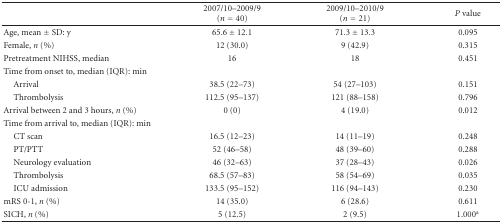
<table><thead><tr><td></td><td><b>2007/10–2009/9 (<i>n</i> = 40)</b></td><td><b>2009/10–2010/9 (<i>n</i> = 21)</b></td><td><b><i>P</i> value</b></td></tr></thead><tbody><tr><td>Age, mean ± SD: y</td><td>65.6 ± 12.1</td><td>71.3 ± 13.3</td><td>0.095</td></tr><tr><td>Female, <i>n</i> (%)</td><td>12 (30.0)</td><td>9 (42.9)</td><td>0.315</td></tr><tr><td>Pretreatment NIHSS, median</td><td>16</td><td>18</td><td>0.451</td></tr><tr><td>Time from onset to, median (IQR): min</td><td></td><td></td><td></td></tr><tr><td> Arrival</td><td>38.5 (22–73)</td><td>54 (27–103)</td><td>0.151</td></tr><tr><td> Thrombolysis</td><td>112.5 (95–137)</td><td>121 (88–158)</td><td>0.796</td></tr><tr><td>Arrival between 2 and 3 hours, <i>n</i> (%)</td><td>0 (0)</td><td>4 (19.0)</td><td>0.012</td></tr><tr><td>Time from arrival to, median (IQR): min</td><td></td><td></td><td></td></tr><tr><td> CT scan</td><td>16.5 (12–23)</td><td>14 (11–19)</td><td>0.248</td></tr><tr><td> PT/PTT</td><td>52 (46–58)</td><td>48 (39–60)</td><td>0.288</td></tr><tr><td> Neurology evaluation</td><td>46 (32–63)</td><td>37 (28–43)</td><td>0.026</td></tr><tr><td> Thrombolysis</td><td>68.5 (57–83)</td><td>58 (54–69)</td><td>0.035</td></tr><tr><td> ICU admission</td><td>133.5 (95–152)</td><td>116 (94–143)</td><td>0.230</td></tr><tr><td>mRS 0-1, <i>n </i>(%)</td><td>14 (35.0)</td><td>6 (28.6)</td><td>0.611</td></tr><tr><td>SICH, <i>n</i> (%)</td><td>5 (12.5)</td><td>2 (9.5)</td><td>1.000<sup>a</sup></td></tr></tbody></table>